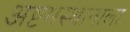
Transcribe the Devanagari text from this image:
अष्टमस्थानाला